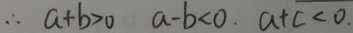
\therefore a + b > 0 a - b < 0 . a + c < 0 .